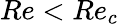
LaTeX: Re<Re_{c}